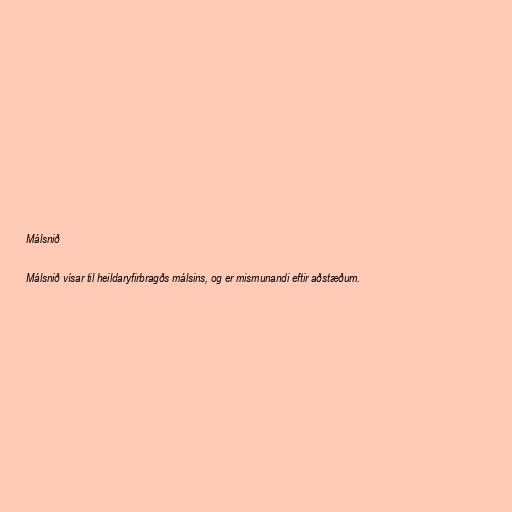
Málsnið

Málsnið vísar til heildaryfirbragðs málsins, og er mismunandi eftir aðstæðum.